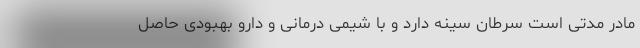
مادر مدتی است سرطان سینه دارد و با شیمی درمانی و دارو بهبودی حاصل